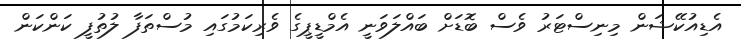
އެޑިއުކޭޝަން މިނިސްޓަރު ވެސް ބޮޑަށް ބައްލަވަނީ އެމްޑީޕީގެ ވެރިކަމުގައި މުސްތަފާ ލުތުފީ ކަންކަން